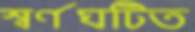
স্বর্ণঘটিত